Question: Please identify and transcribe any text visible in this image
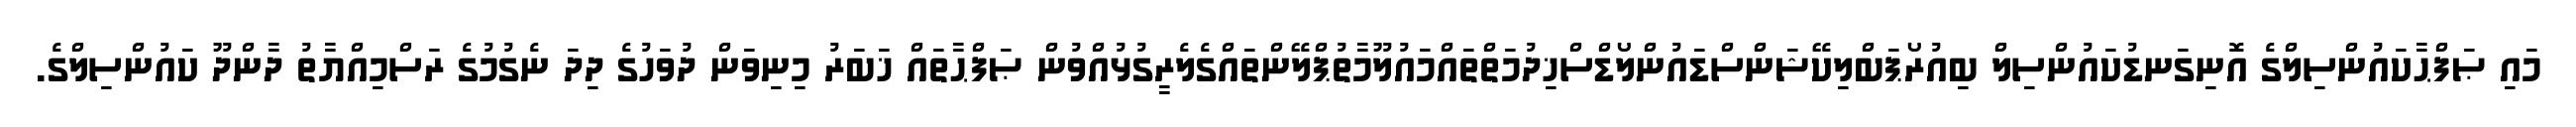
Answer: މައި ޞަފްޙާކައުންސިލްގެ އޮނިގަނޑުކައުންސިލް ބިއުރޯޕަބްލިކޭޝަންސްޑައުންލޯޑްސްޚިދުމަތްތައްމައުލޫމާތުޕްލޭންތައްގެލެރީގުޅުއްވުން ޞަފްޙާތައް ޚަބަރު މިނިވަން ދުވަހުގެ ދިދަ ނެގުމުގެ ރަސްމިއްޔާތު ދާންދޫ ކައުންސިލްގެ.